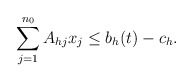
\begin{align*} \sum_{j=1}^{n_0} A_{hj} x_j \le b_h(t) - c_h. \end{align*}